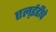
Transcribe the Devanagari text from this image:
एल्‌ईडीचे